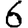
Digit: 6